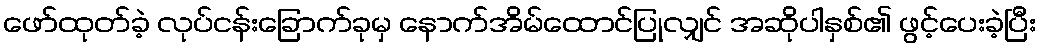
ဖော်ထုတ်ခဲ့ လုပ်ငန်းခြောက်ခုမှ နောက်အိမ်ထောင်ပြုလျှင် အဆိုပါနှစ်၏ ဖွင့်ပေးခဲ့ပြီး